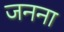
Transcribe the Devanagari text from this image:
जनना